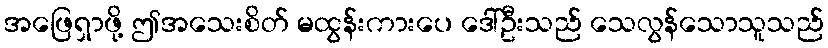
အဖြေရှာဖို့ ဤအသေးစိတ် မထွန်းကားပေ ဒေါ်ဦးသည် သေလွန်သောသူသည်